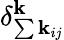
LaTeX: \delta_{\sum{\mathbf{k}_{ij}}}^{\mathbf{k}}